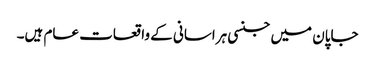
جاپان میں جنسی ہراسانی کے واقعات عام ہیں۔